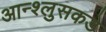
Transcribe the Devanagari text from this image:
आन्श्लुसकडे